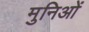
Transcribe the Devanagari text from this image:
मुनिओं